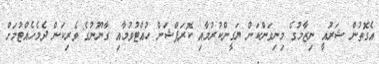
އެގޮތުން ޝަރުއީ ނިޒާމުގެ މިނިވަންކަން ޔަގީންކުރުމާއި ކޮރަޕްޝަން ހުއްޓުވުމާއި ގާނޫނުގެ ވެރިކަން ދެމެހެއްޓުމަށް